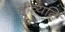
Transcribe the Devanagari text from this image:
दीव्यति